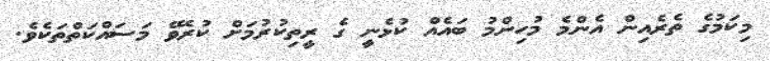
މިކަމުގެ ތެރެއިން އެންމެ މުހިންމު ބައެއް ކުޅެނީ ގެ ރީތިކުރުމަށް ކުރެވޭ މަސައްކަތްތަކެވެ.